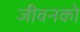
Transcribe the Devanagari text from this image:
जीवनको